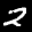
Label: 2